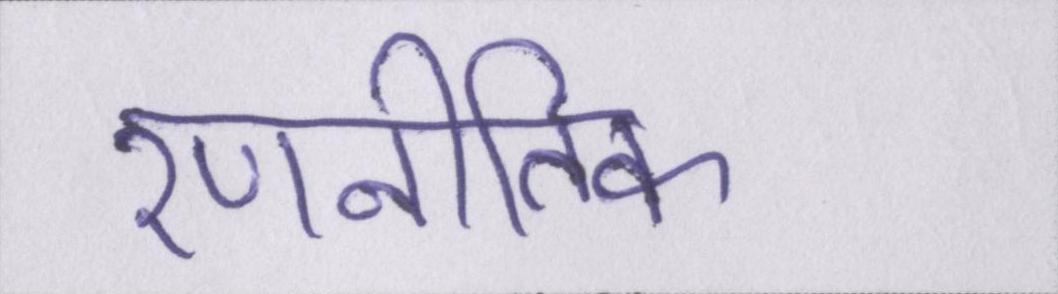
रणनीतिक